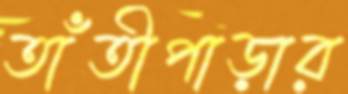
তাঁতীপাড়ার